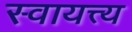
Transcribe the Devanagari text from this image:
स्वायत्त्य